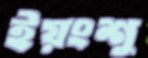
ইয়ংশু